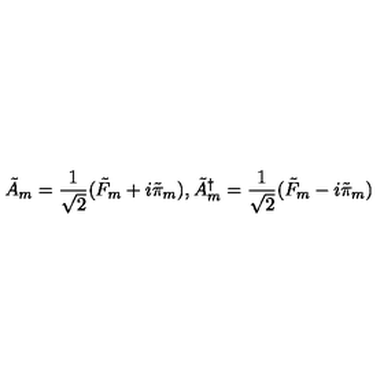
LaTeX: \tilde { A } _ { m } = \frac { 1 } { \sqrt 2 } ( \tilde { F } _ { m } + i \tilde { \pi } _ { m } ) , \tilde { A } _ { m } ^ { \dagger } = \frac { 1 } { \sqrt 2 } ( \tilde { F } _ { m } - i \tilde { \pi } _ { m } )